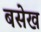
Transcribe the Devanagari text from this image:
बसेख